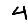
Digit: 4